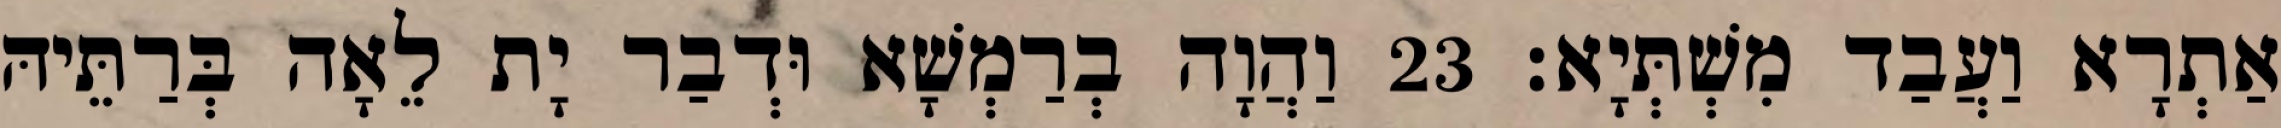
אַתְרָא וַעֲבַד מִשְׁתְּיָא׃ 23 וַהֲוָה בְרַמְשָׁא וּדְבַר יָת לֵאָה בְּרַתֵּיהּ